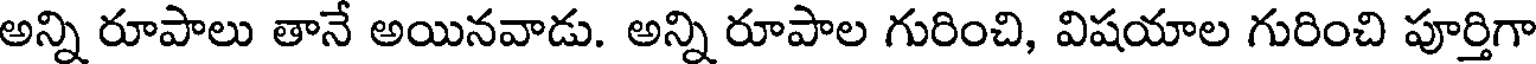
అన్ని రూపాలు తానే అయినవాడు. అన్ని రూపాల గురించి, విషయాల గురించి పూర్తిగా